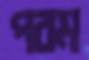
পরম